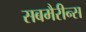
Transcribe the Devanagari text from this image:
सबमैरीन्स